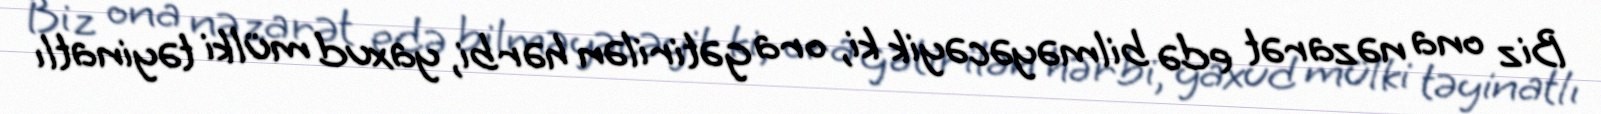
Biz ona nəzarət edə bilməyəcəyik ki, ora gətirilən hərbi, yaxud mülki təyinatlı